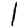
Digit: 1